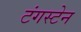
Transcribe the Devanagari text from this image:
टंगस्टेन